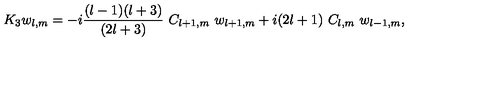
K _ { 3 } w _ { l , m } = - i { \frac { ( l - 1 ) ( l + 3 ) } { ( 2 l + 3 ) } } \ C _ { l + 1 , m } \ w _ { l + 1 , m } + i ( 2 l + 1 ) \ C _ { l , m } \ w _ { l - 1 , m } ,